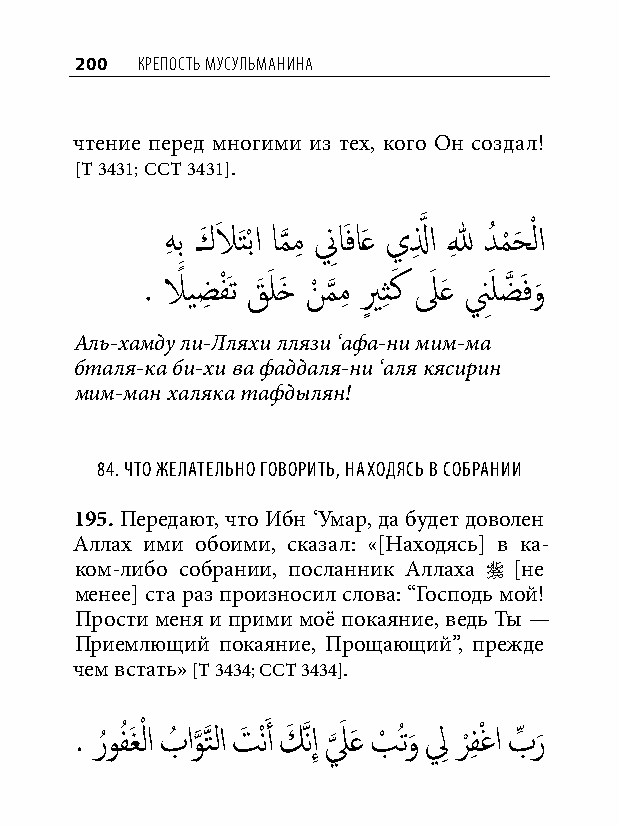
200 КреПость мусульманина
 чтение перед многими из тех, кого Он создал!
 [Т 3431; ССТ 3431].
 هِ بِ كَ لاَ َتْبا ام
 َّذ
 مِ نِ اَفاَع يلِ َّذ ا للهِ دُ م
 ْ
 حَ ْ لا
 . لاً يضِ فَْت قَ َ لخَ نْ م
 َّذ
 مِ يٍ ثِ كَ لَ َع نَِ لضَّذ َفو
 َ
 Аль-хамду ли-Лляхи ллязи ‘афа-ни мим-ма
 бталя-ка би-хи ва фаддаля-ни ‘аля кясирин
 мим-ман халяка тафдылян!
 84. что желательно говорить, находяСь в Собрании
 195. Передают, что Ибн ‘Умар, да будет доволен
 Аллах ими обоими, сказал: «[Находясь] в ка-
 ком-либо собрании, посланник Аллаха  [не
 менее] ста раз произносил слова: “Господь мой!
 Прости меня и прими моё покаяние, ведь Ты —
 Приемлющий покаяние, Прощающий”, прежде
 чем встать» [Т 3434; ССТ 3434].
 . رُوفُ َغْ لا بُ او
 َّذ
 َّذتلا تَ ْنَ أ كَ َّذنإِ ل
 َّذ
 َ َع بْ ُتو
 َ
 لِ ر
 ْ
 فِ ْغا بِّ ر
 َ